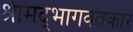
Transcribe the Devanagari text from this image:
श्रीमद्‌भागवतकार